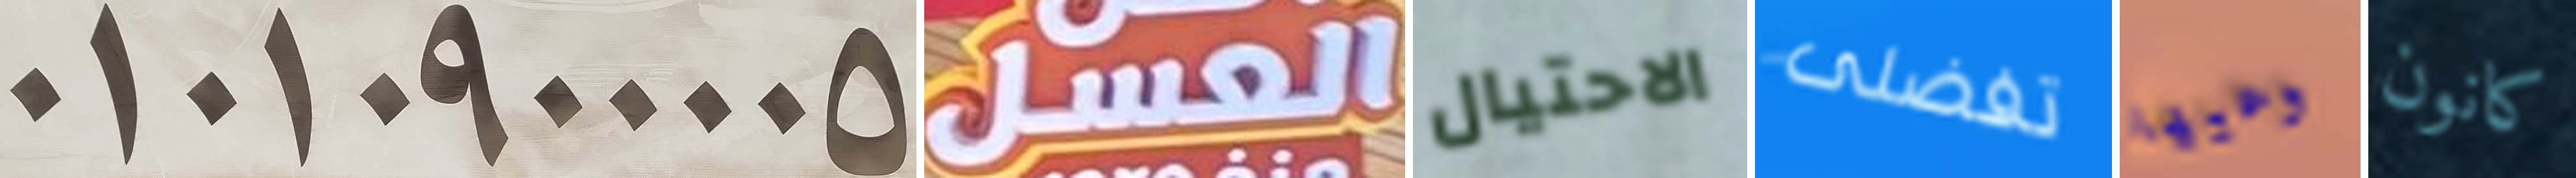
01010900005 العسل الاحتيال تفضلى وعيها كانون